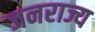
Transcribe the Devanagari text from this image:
जनराज्य